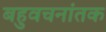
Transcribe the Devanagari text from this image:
बहुवचनांतक